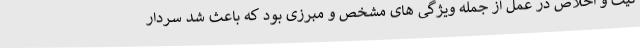
نیت و اخلاص در عمل از جمله ویژگی های مشخص و مبرزی بود که باعث شد سردار